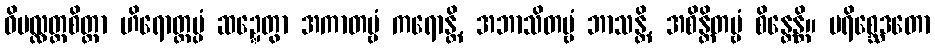
ဝိပလ္လတ္ထစိတ္တာ ဟိရောတ္တပ္ပံ ဆဍ္ဍေတွာ အကာတဗ္ဗံ ကရောန္တိ, အဘာသိတဗ္ဗံ ဘာသန္တိ, အစိန္တိတဗ္ဗံ စိန္တေန္တိ။ ပရိစ္ဆေဒတော